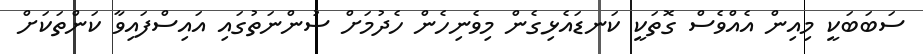
ސަބަބަކީ މިއިން އެއްވެސް ގޮތަކީ ކަނޑައެޅިގެން މިވެނިހެން ހެދުމަށް ސުންނަތުގައި އައިސްފައިވާ ކަންތަކަށް